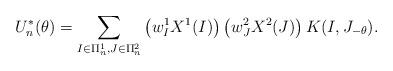
LaTeX: \begin{align*}U_n^*(\theta)=\sum_{I\in\Pi^1_n,J\in\Pi^2_n}\left(w^1_IX^1(I)\right)\left(w^2_JX^2(J)\right)K(I,J_{-\theta}).\end{align*}